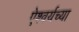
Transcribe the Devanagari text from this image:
ऐश्वर्यच्या